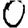
Digit: 0